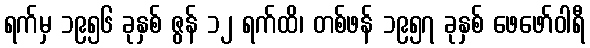
ရက်မှ ၁၉၅၆ ခုနှစ် ဇွန် ၁၂ ရက်ထိ၊ တစ်ဖန် ၁၉၅၇ ခုနှစ် ဖေဖော်ဝါရီ